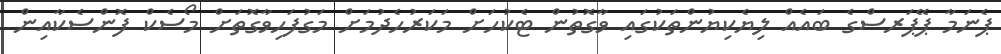
ޕެނަމާ ޕޭޕަރސްގެ ބައެއް ލިޔެކިޔުންތަކުގައި ވާގޮތުން ޓެކުހަށް މަކަރުހެދުމަށް މަގުފަހިވާގޮތަށް މޯސެކް ފޮންސެކާއިން